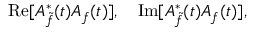
\mathrm { R e } [ A _ { \tilde { f } } ^ { \ast } ( t ) A _ { f } ( t ) ] , \quad \mathrm { I m } [ A _ { \tilde { f } } ^ { \ast } ( t ) A _ { f } ( t ) ] ,